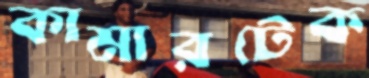
কামারটেক